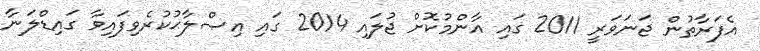
އެފަރާތުން ޖަނަވަރީ 2011 ގައި އާންމުކޮށް ޖުލައި 2014 ގައި އިޞްލާޙުކުރެވިފައިވާ ގައިޑްލަނާ